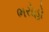
ભરોહો